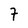
Character: 7